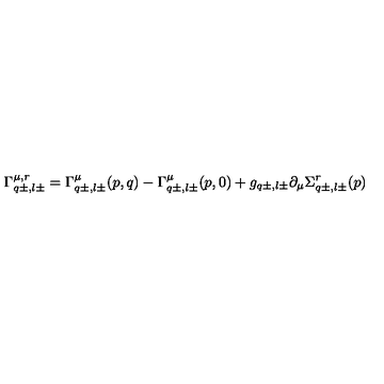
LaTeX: \Gamma _ { q \pm , l \pm } ^ { \mu , r } = \Gamma _ { q \pm , l \pm } ^ { \mu } ( p , q ) - \Gamma _ { q \pm , l \pm } ^ { \mu } ( p , 0 ) + g _ { q \pm , l \pm } \partial _ { \mu } \Sigma _ { q \pm , l \pm } ^ { r } ( p )